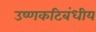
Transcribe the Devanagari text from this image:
उष्‍णकटिबंधीय